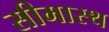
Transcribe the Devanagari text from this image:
सीमास्थ